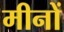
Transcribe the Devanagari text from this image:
मीनों